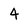
Character: 4